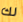
لك